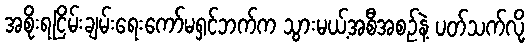
အစိုးရငြိမ်းချမ်းရေးကော်မရှင်ဘက်က သွားမယ့်အစီအစဉ်နဲ့ ပတ်သက်လို့